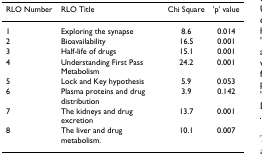
<table><thead><tr><td><b>RLO Number</b></td><td><b>RLO Title</b></td><td><b>Chi Square</b></td><td><b>&#x27;p&#x27; value</b></td></tr></thead><tbody><tr><td>1</td><td>Exploring the synapse</td><td>8.6</td><td>0.014</td></tr><tr><td>2</td><td>Bioavailability</td><td>16.5</td><td>0.001</td></tr><tr><td>3</td><td>Half-life of drugs</td><td>15.1</td><td>0.001</td></tr><tr><td>4</td><td>Understanding First Pass Metabolism</td><td>24.2</td><td>0.001</td></tr><tr><td>5</td><td>Lock and Key hypothesis</td><td>5.9</td><td>0.053</td></tr><tr><td>6</td><td>Plasma proteins and drug distribution</td><td>3.9</td><td>0.142</td></tr><tr><td>7</td><td>The kidneys and drug excretion</td><td>13.7</td><td>0.001</td></tr><tr><td>8</td><td>The liver and drug metabolism.</td><td>10.1</td><td>0.007</td></tr></tbody></table>